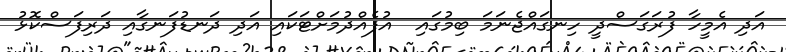
އަދި އެމީހާ ފުރަގަސްދީ ހިނގައްޖެނަމަ ބިމުގައި  އުފެއްދުމަށްޓަކައި އަދި ދަނޑުފަނގާއި ދަރިފަސްކޮޅު